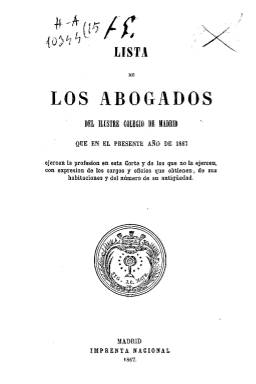
Título: Lista de los abogados del Ilustre Colegio de Madrid
Colección: Guías y directorios
Ámbito geográfico: Madrid
Lugar de publicación: Madrid
Fechas: 01/01/1867-31/12/1867